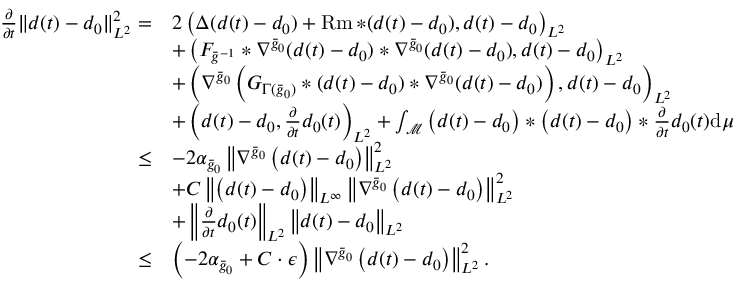
\begin{array} { r l } { \frac { \partial } { \partial t } \| d ( t ) - d _ { 0 } \| _ { L ^ { 2 } } ^ { 2 } = } & { 2 \left( \Delta ( d ( t ) - d _ { 0 } ) + \operatorname { R m } * ( d ( t ) - d _ { 0 } ) , d ( t ) - d _ { 0 } \right) _ { L ^ { 2 } } } \\ & { + \left( F _ { \bar { g } ^ { - 1 } } * \nabla ^ { \bar { g } _ { 0 } } ( d ( t ) - d _ { 0 } ) * \nabla ^ { \bar { g } _ { 0 } } ( d ( t ) - d _ { 0 } ) , d ( t ) - d _ { 0 } \right) _ { L ^ { 2 } } } \\ & { + \left( \nabla ^ { \bar { g } _ { 0 } } \left( G _ { \Gamma ( \bar { g } _ { 0 } ) } * ( d ( t ) - d _ { 0 } ) * \nabla ^ { \bar { g } _ { 0 } } ( d ( t ) - d _ { 0 } ) \right) , d ( t ) - d _ { 0 } \right) _ { L ^ { 2 } } } \\ & { + \left( d ( t ) - d _ { 0 } , \frac { \partial } { \partial t } d _ { 0 } ( t ) \right) _ { L ^ { 2 } } + \int _ { \mathcal { M } } \left( d ( t ) - d _ { 0 } \right) * \left( d ( t ) - d _ { 0 } \right) * \frac { \partial } { \partial t } d _ { 0 } ( t ) \mathrm { d } \mu } \\ { \leq } & { - 2 \alpha _ { \bar { g } _ { 0 } } \left\| \nabla ^ { \bar { g } _ { 0 } } \left( d ( t ) - d _ { 0 } \right) \right\| _ { L ^ { 2 } } ^ { 2 } } \\ & { + C \left\| \left( d ( t ) - d _ { 0 } \right) \right\| _ { L ^ { \infty } } \left\| \nabla ^ { \bar { g } _ { 0 } } \left( d ( t ) - d _ { 0 } \right) \right\| _ { L ^ { 2 } } ^ { 2 } } \\ & { + \left\| \frac { \partial } { \partial t } d _ { 0 } ( t ) \right\| _ { L ^ { 2 } } \left\| d ( t ) - d _ { 0 } \right\| _ { L ^ { 2 } } } \\ { \leq } & { \left( - 2 \alpha _ { \bar { g } _ { 0 } } + C \cdot \epsilon \right) \left\| \nabla ^ { \bar { g } _ { 0 } } \left( d ( t ) - d _ { 0 } \right) \right\| _ { L ^ { 2 } } ^ { 2 } . } \end{array}